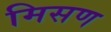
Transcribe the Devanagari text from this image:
मिसण